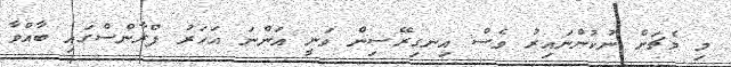
މި މެޗަށް ނުކުންނައިރު ވެސް އިނގިރޭސިން ވަނީ އަންނަ އަހަރު ފްރާންސްގައި ބާއްވާ